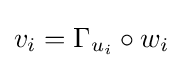
v_{i}=\Gamma _{u_{i}}\circ w_{i}